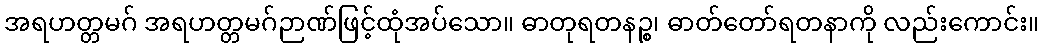
အရဟတ္တမဂ် အရဟတ္တမဂ်ဉာဏ်ဖြင့်ထုံအပ်သော။ ဓာတုရတနဉ္စ၊ ဓာတ်တော်ရတနာကို လည်းကောင်း။